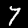
Digit: 7